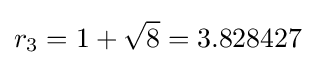
r_{3}=1+{\sqrt {8}}=3.828427